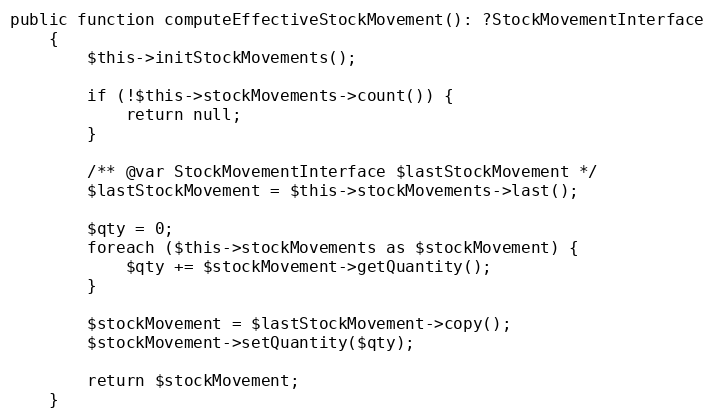
Language: PHP
public function computeEffectiveStockMovement(): ?StockMovementInterface
    {
        $this->initStockMovements();

        if (!$this->stockMovements->count()) {
            return null;
        }

        /** @var StockMovementInterface $lastStockMovement */
        $lastStockMovement = $this->stockMovements->last();

        $qty = 0;
        foreach ($this->stockMovements as $stockMovement) {
            $qty += $stockMovement->getQuantity();
        }

        $stockMovement = $lastStockMovement->copy();
        $stockMovement->setQuantity($qty);

        return $stockMovement;
    }